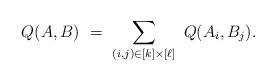
LaTeX: \begin{align*}Q(A,B) \ = \ \sum_{(i,j) \in [k] \times [\ell]} \ Q(A_i,B_j).\end{align*}